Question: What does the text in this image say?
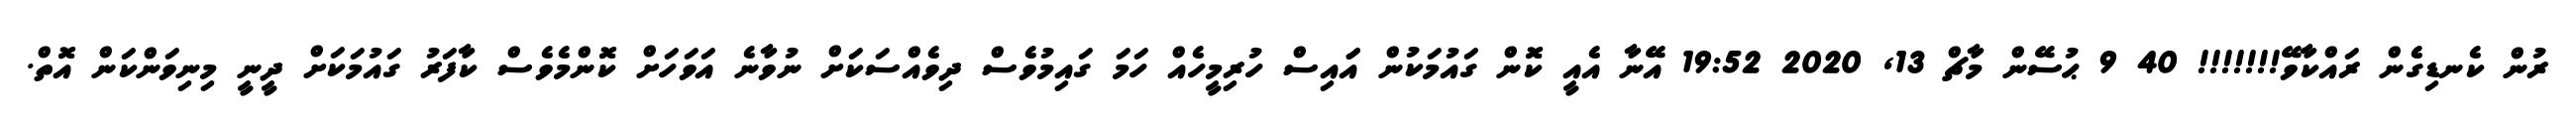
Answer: ރުން ކެނޑިގެން ރައްކާވޭ!!!!!!! 40 9 ޙުސޭން މާޗް 13, 2020 19:52 އޭނާ އެއީ ކޮން ގައުމަކުން އަައިސް ހުރިމީހެއް ހަމަ ގައިމުވެސް ދިވެއްސަކަށް ނުވާނެ އަވަހަށް ކޮންމެވެސް ކާފަރު ގައުމަކަށް ދީނީ މިނިވަންކަން އޮތް.